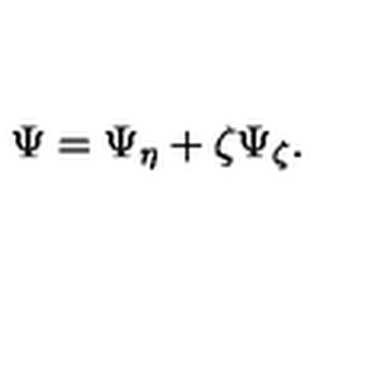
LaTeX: \Psi = \Psi _ { \eta } + \zeta \Psi _ { \zeta } .